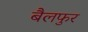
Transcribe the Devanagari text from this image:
बैलफुर